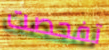
تفحصت